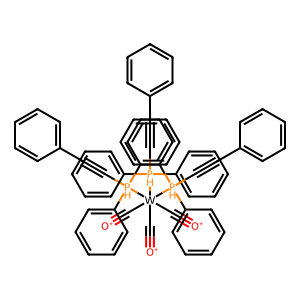
SMILES: [O+]#C[W](C#[O+])(C#[O+])([PH](C#Cc1ccccc1)(c1ccccc1)c1ccccc1)([PH](C#Cc1ccccc1)(c1ccccc1)c1ccccc1)[PH](C#Cc1ccccc1)(c1ccccc1)c1ccccc1
Inhibits HIV replication: No